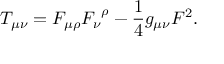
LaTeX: T _ { \mu \nu } = F _ { \mu \rho } { F _ { \nu } } ^ { \rho } - { \frac { 1 } { 4 } } g _ { \mu \nu } F ^ { 2 } .